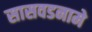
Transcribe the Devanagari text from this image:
सासवडनामे